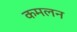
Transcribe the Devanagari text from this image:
कमलन